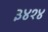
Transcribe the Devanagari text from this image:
३४१४